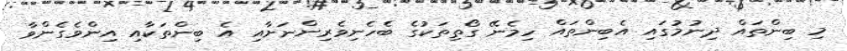
މި ބިންތައް ދިނުމުގައި އެބިންތައް ހިމެނޭ ގޯތިތަކުގެ ބެހެނިވެރިންނަށާއި އެ ބިންތަކާއި އިންވެގެންވާ